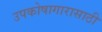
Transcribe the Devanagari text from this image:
उपकोषागारासाठी